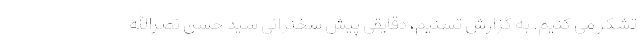
تشکر می کنیم. به گزارش تسنیم، دقایقی پیش سخنرانی سید حسن نصرالله